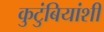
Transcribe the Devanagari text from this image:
कुटुंबियांशी